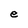
Character: e